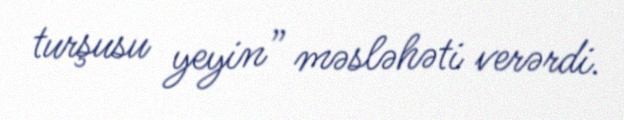
turşusu yeyin” məsləhəti verərdi.